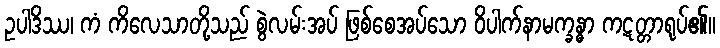
ဥပါဒိဿ၊ ကံ ကိလေသာတို့သည် စွဲလမ်းအပ် ဖြစ်စေအပ်သော ဝိပါက်နာမက္ခန္ဓာ ကဋတ္တာရုပ်၏။